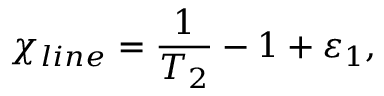
{ { \chi } _ { l i n e } } = \frac { 1 } { { { T } _ { 2 } } } - 1 + { { \varepsilon } _ { 1 } } ,